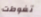
تغوطت